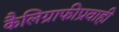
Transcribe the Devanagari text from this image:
कैलिग्राफीप्रवाही